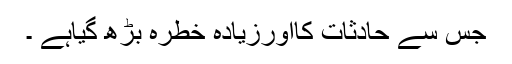
جس سے حادثات کااورزیادہ خطرہ بڑھ گیاہے ۔